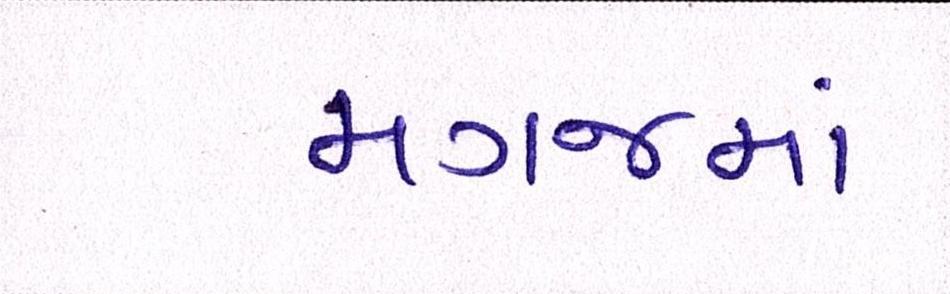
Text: મગજમાં